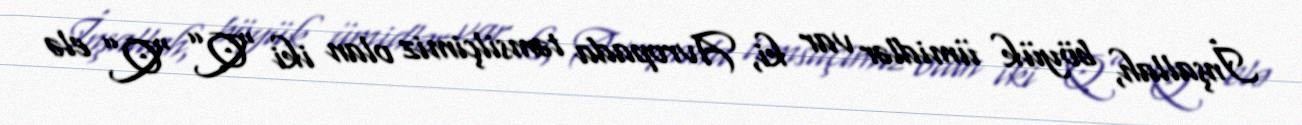
İnşallah, böyük ümidlər var ki, Avropada təmsilçimiz olan iki “Q” “Q” elə